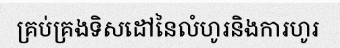
គ្រប់គ្រងទិសដៅនៃលំហូរនិងការហូរ